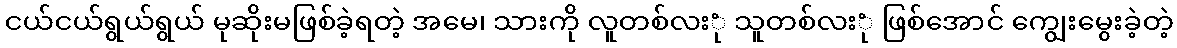
ငယ်ငယ်ရွယ်ရွယ် မုဆိုးမဖြစ်ခဲ့ရတဲ့ အမေ၊ သားကို လူတစ်လးုံ သူတစ်လးုံ ဖြစ်အောင် ကျွေးမွေးခဲ့တဲ့